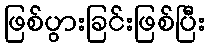
ဖြစ်ပွားခြင်းဖြစ်ပြီး